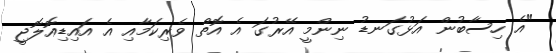
"އެ ހިސާބުން އަޅުގަނޑު ނިންމީ އޭރުގަ އެ އޮތް ވެރިކަމާއި އެ އައިޑިއޮލޮޖީ